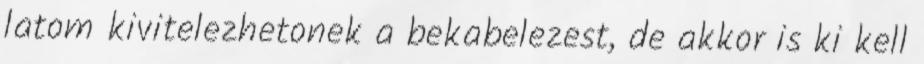
latom kivitelezhetonek a bekabelezest, de akkor is ki kell